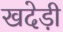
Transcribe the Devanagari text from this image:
खदेड़ी